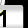
Digit: 1